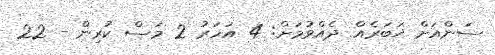
ސަންއަށް ޚަބަރެއް ދެއްވުމަށް: 4 އަހަރު 2 މަސް ކުރިން - 22